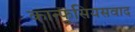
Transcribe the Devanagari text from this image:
कान्फुसियसवाद